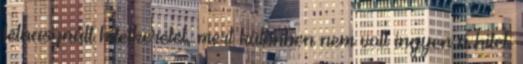
felhasznált hitelkeretet, mert különben nem volt ingyen a hitel.